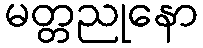
မတ္တညုနော